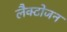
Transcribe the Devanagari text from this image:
लैक्टोजन